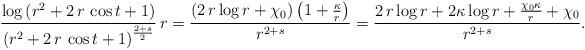
LaTeX: \begin{align*}\frac{\log\left( {r}^{2}+2\,r\,\cos t+1\right) }{{\left( {r}^{2}+2\,r\,\cos t+1\right) }^{\frac{2+s}{2}}}\,r=\frac{ \left(2\,r\log r+\chi_0\right)\left(1+\frac{\kappa}{r}\right)}{ r^{2+s} }=\frac{ 2\,r\log r+ 2\kappa\log r+\frac{\chi_0\kappa}{r}+\chi_0}{ r^{2+s} }.\end{align*}